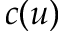
c ( u )